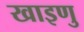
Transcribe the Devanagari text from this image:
खाइणु